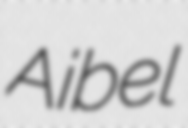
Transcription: Aibel